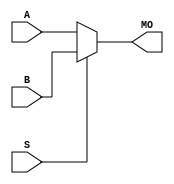
module arriaiigz_bmux21 (MO, A, B, S);
   input [15:0] A, B;
   input 	S;
   output [15:0] MO; 
   assign MO = (S == 1) ? B : A; 
endmodule